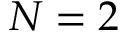
N = 2